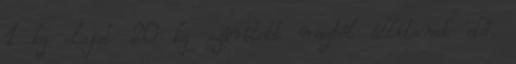
1 kg olajat 20 kg szárított magból állítanak elő.